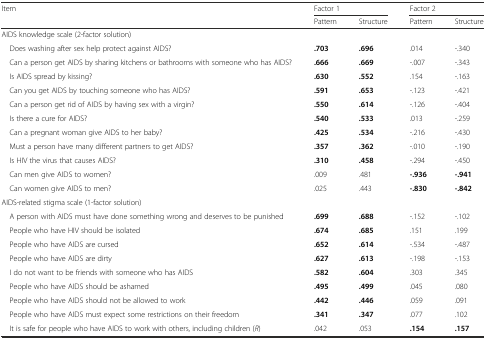
<table><thead><tr><td><b>Item</b></td><td colspan="2"><b>Factor 1</b></td><td colspan="2"><b>Factor 2</b></td></tr><tr><td></td><td><b>Pattern</b></td><td><b>Structure</b></td><td><b>Pattern</b></td><td><b>Structure</b></td></tr></thead><tbody><tr><td>AIDS knowledge scale (2-factor solution)</td><td></td><td></td><td></td><td></td></tr><tr><td> Does washing after sex help protect against AIDS?</td><td><b>.703</b></td><td><b>.696</b></td><td>.014</td><td>-.340</td></tr><tr><td> Can a person get AIDS by sharing kitchens or bathrooms with someone who has AIDS?</td><td><b>.666</b></td><td><b>.669</b></td><td>-.007</td><td>-.343</td></tr><tr><td> Is AIDS spread by kissing?</td><td><b>.630</b></td><td><b>.552</b></td><td>.154</td><td>-.163</td></tr><tr><td> Can you get AIDS by touching someone who has AIDS?</td><td><b>.591</b></td><td><b>.653</b></td><td>-.123</td><td>-.421</td></tr><tr><td> Can a person get rid of AIDS by having sex with a virgin?</td><td><b>.550</b></td><td><b>.614</b></td><td>-.126</td><td>-.404</td></tr><tr><td> Is there a cure for AIDS?</td><td><b>.540</b></td><td><b>.533</b></td><td>.013</td><td>-.259</td></tr><tr><td> Can a pregnant woman give AIDS to her baby?</td><td><b>.425</b></td><td><b>.534</b></td><td>-.216</td><td>-.430</td></tr><tr><td> Must a person have many different partners to get AIDS?</td><td><b>.357</b></td><td><b>.362</b></td><td>-.010</td><td>-.190</td></tr><tr><td> Is HIV the virus that causes AIDS?</td><td><b>.310</b></td><td><b>.458</b></td><td>-.294</td><td>-.450</td></tr><tr><td> Can men give AIDS to women?</td><td>.009</td><td>.481</td><td><b>-.936</b></td><td><b>-.941</b></td></tr><tr><td> Can women give AIDS to men?</td><td>.025</td><td>.443</td><td><b>-.830</b></td><td><b>-.842</b></td></tr><tr><td>AIDS-related stigma scale (1-factor solution)</td><td></td><td></td><td></td><td></td></tr><tr><td> A person with AIDS must have done something wrong and deserves to be punished</td><td><b>.699</b></td><td><b>.688</b></td><td>-.152</td><td>-.102</td></tr><tr><td> People who have HIV should be isolated</td><td><b>.674</b></td><td><b>.685</b></td><td>.151</td><td>.199</td></tr><tr><td> People who have AIDS are cursed</td><td><b>.652</b></td><td><b>.614</b></td><td>-.534</td><td>-.487</td></tr><tr><td> People who have AIDS are dirty</td><td><b>.627</b></td><td><b>.613</b></td><td>-.198</td><td>-.153</td></tr><tr><td> I do not want to be friends with someone who has AIDS</td><td><b>.582</b></td><td><b>.604</b></td><td>.303</td><td>.345</td></tr><tr><td> People who have AIDS should be ashamed</td><td><b>.495</b></td><td><b>.499</b></td><td>.045</td><td>.080</td></tr><tr><td> People who have AIDS should not be allowed to work</td><td><b>.442</b></td><td><b>.446</b></td><td>.059</td><td>.091</td></tr><tr><td> People who have AIDS must expect some restrictions on their freedom</td><td><b>.341</b></td><td><b>.347</b></td><td>.077</td><td>.102</td></tr><tr><td> It is safe for people who have AIDS to work with others, including children (<i>R</i>)</td><td>.042</td><td>.053</td><td><b>.154</b></td><td><b>.157</b></td></tr></tbody></table>